Indian journal of veterinary science and animal husbandry - Volume 11,
Year: 1941
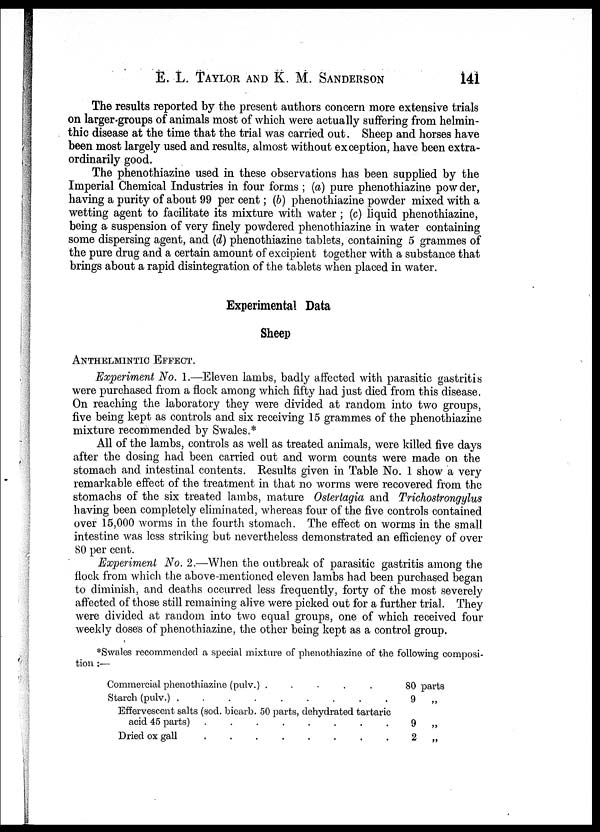
E. L. TAYLOR AND K. M.
SANDERSON
141
The results reported by the present authors concern more extensive trials
on larger groups of animals most of which were actually suffering from helmin-
thic disease at the time that the trial was carried out. Sheep and horses have
been most largely used and results, almost without exception, have been extra-
ordinarily good.
The phenothiazine used in these observations has been supplied by the
Imperial Chemical Industries in four forms ; (a) pure phenothiazine powder,
having a purity of about 99 per cent; (b) phenothiazine powder mixed with a
wetting agent to facilitate its mixture with water; (c) liquid phenothiazine,
being a suspension of very finely powdered phenothiazine in water containing
some dispersing agent, and (d) phenothiazine tablets, containing 5 grammes of
the pure drug and a certain amount of excipient together with a substance that
brings about a rapid disintegration of the tablets when placed in water.
Experimental Data
Sheep
ANTHELMINTIC EFFECT.
Experiment No. 1.—Eleven lambs, badly affected with parasitic gastritis
were purchased from a flock among which fifty had just died from this disease.
On reaching the laboratory they were divided at random into two groups,
five being kept as controls and six receiving 15 grammes of the phenothiazine
mixture recommended by Swales.*
All of the lambs, controls as well as treated animals, were killed five days
after the dosing had been carried out and worm counts were made on the
stomach and intestinal contents. Results given in Table No. 1 show a very
remarkable effect of the treatment in that no worms were recovered from the
stomachs of the six treated lambs, mature Ostertagia and Trichostrongylus
having been completely eliminated, whereas four of the five controls contained
over 15,000 worms in the fourth stomach. The effect on worms in the small
intestine was less striking but nevertheless demonstrated an efficiency of over
80 per cent.
Experiment No. 2.—When the outbreak of parasitic gastritis among the
flock from which the above-mentioned eleven lambs had been purchased began
to diminish, and deaths occurred less frequently, forty of the most severely
affected of those still remaining alive were picked out for a further trial. They
were divided at random into two equal groups, one of which received four
weekly doses of phenothiazine, the other being kept as a control group.
*Swales recommended a special mixture of phenothiazine of the following composi-
tion :—
Commercial phenothiazine (pulv.)
.
.
.
.
.
Starch (pulv.)
.
.
.
.
.
.
.
.
.
Effervescent salts (sod. bicarb. 50 parts, dehydrated tartaric
acid 45 parts)
.
.
.
.
.
.
.
.
Dried ox gall
.
.
.
.
.
.
.
.
80 parts
9 „
9 „
2 „